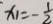
x _ { 1 } = - \frac { 1 } { 2 }